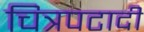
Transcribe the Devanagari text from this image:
चित्रपटादी